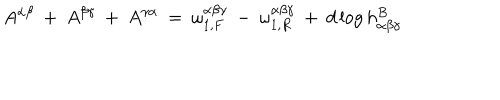
A ^ { \alpha \beta } \: + \: A ^ { \beta \gamma } \: + \: A ^ { \gamma \alpha } \: = \: \omega _ { 1 , F } ^ { \alpha \beta \gamma } \: - \: \omega _ { 1 , R } ^ { \alpha \beta \gamma } \: + \: d \log h _ { \alpha \beta \gamma } ^ { B }